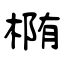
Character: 椭